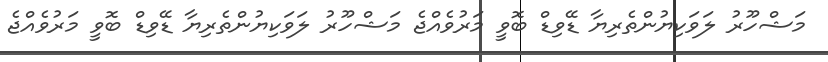
މަޝްހޫރު ލަވަކިޔުންތެރިޔާ ޑޭވިޑް ބޮވީ މަރުވެއްޖެ މަޝްހޫރު ލަވަކިޔުންތެރިޔާ ޑޭވިޑް ބޮވީ މަރުވެއްޖެ